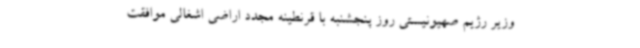
وزیر رژیم صهیونیستی روز پنجشنبه با قرنطینه مجدد اراضی اشغالی موافقت